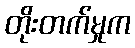
တိုးတက်မှုက